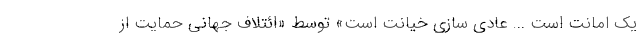
یک امانت است ... عادی سازی خیانت است» توسط «ائتلاف جهانی حمایت از